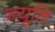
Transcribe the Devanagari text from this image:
च्यूति